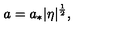
a = a _ { * } | \eta | ^ { \frac { 1 } { 2 } } ,